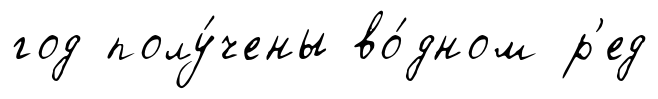
год полу́чены во́дном р'ед